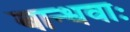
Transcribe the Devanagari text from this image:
बान्धवाः